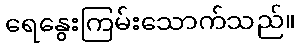
ရေနွေးကြမ်းသောက်သည်။